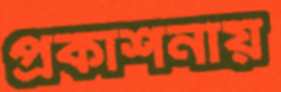
প্রকাশনায়